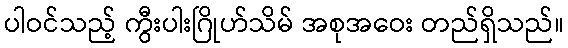
ပါဝင်သည့် ကွီးပါးဂြိုဟ်သိမ် အစုအဝေး တည်ရှိသည်။